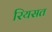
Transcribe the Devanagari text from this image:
रियसत